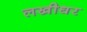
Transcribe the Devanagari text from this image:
लखीधर